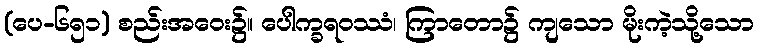
(ပေ-၆၅၁) စည်းအဝေး၌။ ပေါက္ခရဝဿံ၊ ကြာတော၌ ကျသော မိုးကဲ့သို့သော